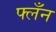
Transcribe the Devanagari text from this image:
फ्लँन